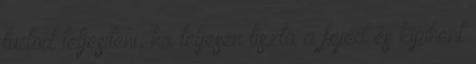
tudod teljesíteni, ha teljesen tiszta a fejed és kipihent